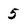
Character: 5